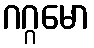
ဂဂ္ဂမော